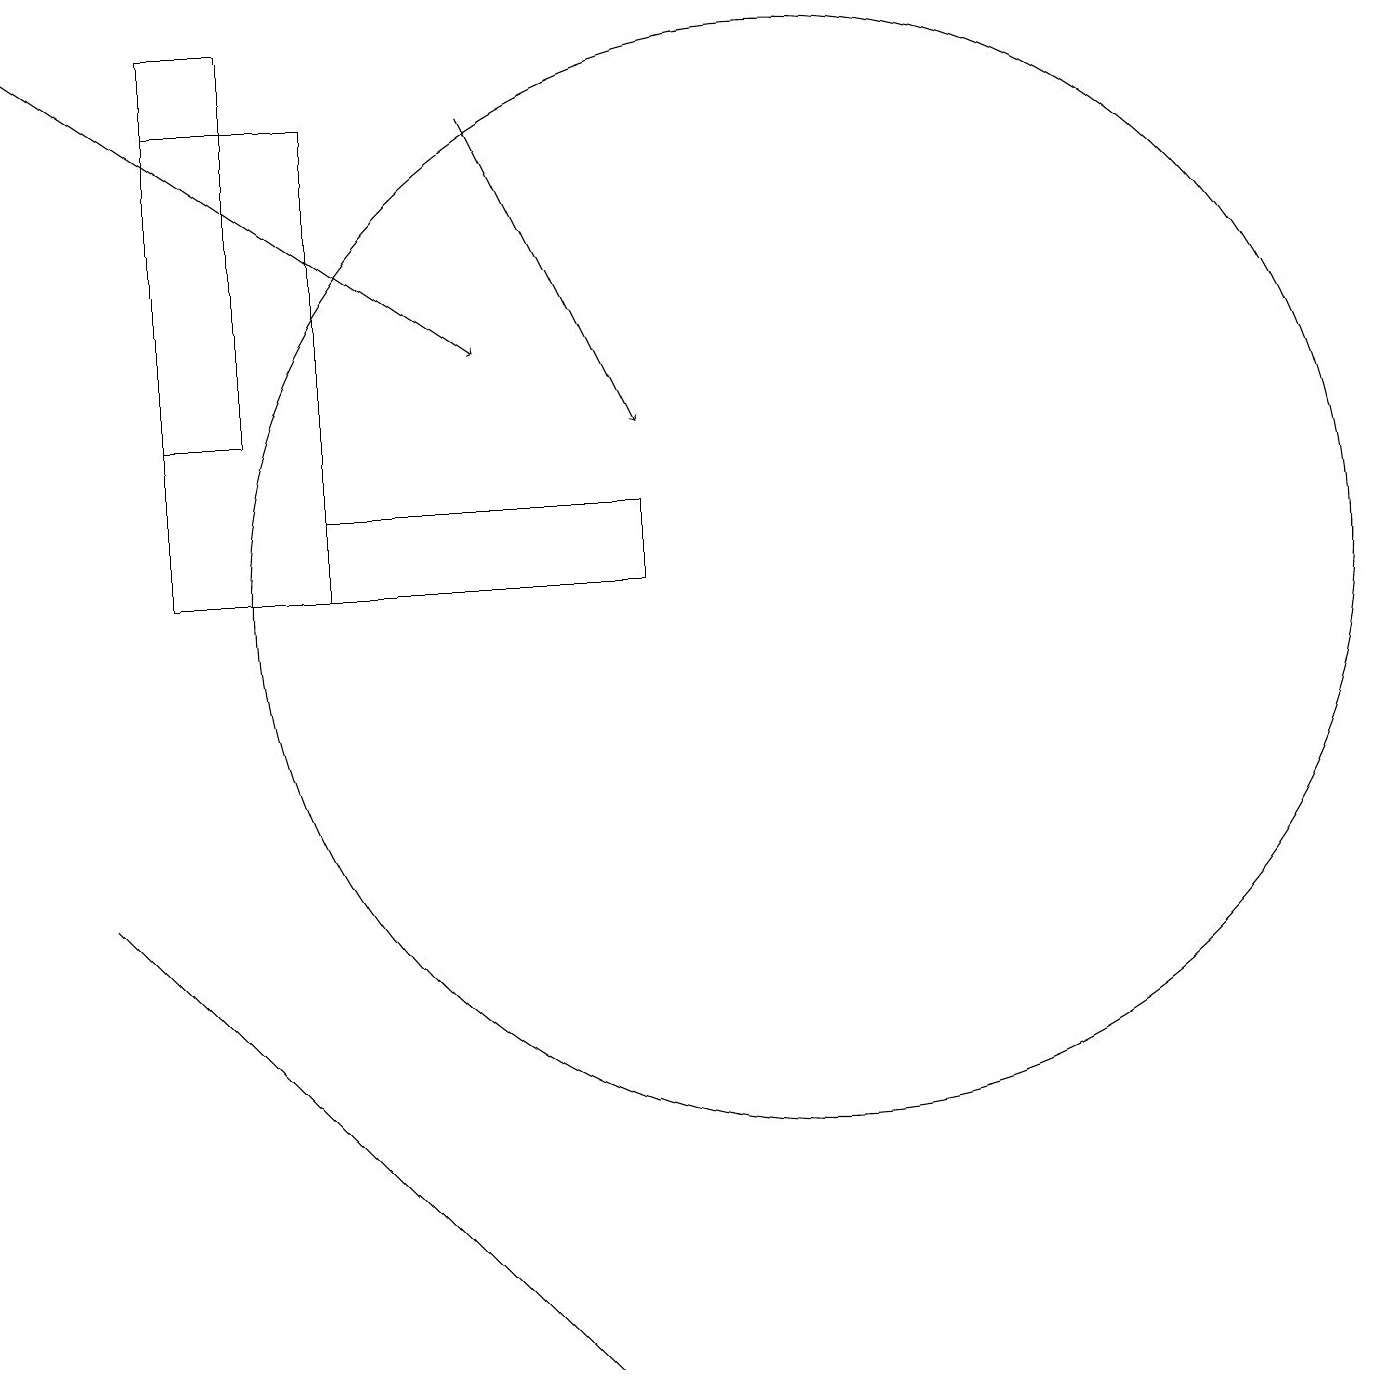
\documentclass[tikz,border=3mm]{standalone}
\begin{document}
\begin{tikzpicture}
\draw[->] (6,17) -- (8,13);
\draw (4,12) rectangle (8,11);
\draw (4,17) rectangle (2,11);
\draw (10,11) circle (7);
\draw (1,7) -- (7,1) -- (3,5) -- cycle;
\draw[->] (0,18) -- (6,14);
\draw (2,18) rectangle (3,13);
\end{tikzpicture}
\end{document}